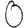
Digit: 0